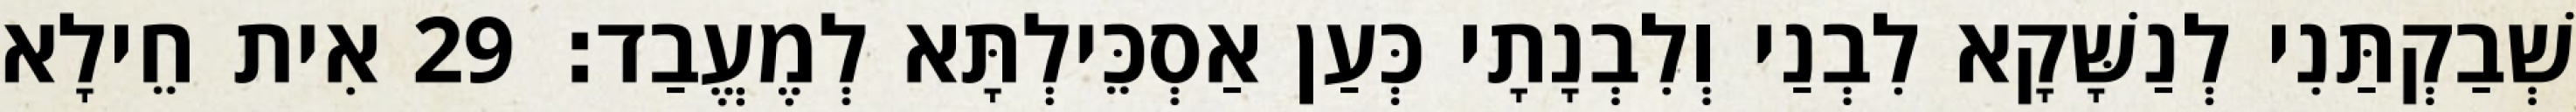
שְׁבַקְתַּנִי לְנַשָּׁקָא לִבְנַי וְלִבְנָתָי כְּעַן אַסְכֵּילְתָּא לְמֶעֱבַד׃ 29 אִית חֵילָא